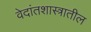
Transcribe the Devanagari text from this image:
वेदांतशास्त्रातील